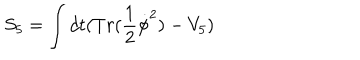
S _ { 5 } = \int d t ( T r ( \frac { 1 } { 2 } \dot { \phi } ^ { 2 } ) - V _ { 5 } )